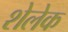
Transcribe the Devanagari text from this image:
शेलेक